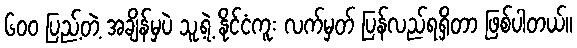
၆၀၀ ပြည့်တဲ့ အချိန်မှပဲ သူ့ရဲ့ နိုင်ငံကူး လက်မှတ် ပြန်လည်ရရှိတာ ဖြစ်ပါတယ်။